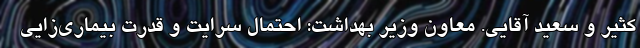
کثیر و سعید آقایی. معاون وزیر بهداشت: احتمال سرایت و قدرت بیماری‌زایی